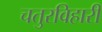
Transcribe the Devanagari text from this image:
चतुरविहारी